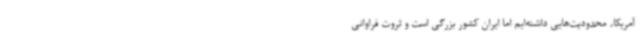
آمریکا، محدودیت‌هایی داشته‌ایم اما ایران کشور بزرگی است و ثروت فراوانی